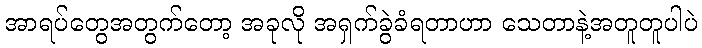
အာရပ်တွေအတွက်တော့ အခုလို အရှက်ခွဲခံရတာဟာ သေတာနဲ့အတူတူပါပဲ